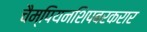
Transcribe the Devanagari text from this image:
चैम्पियनशिपबरकरार